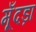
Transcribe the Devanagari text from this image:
मूँदड़ा